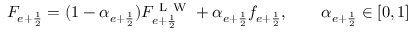
F _ { e + \frac { 1 } { 2 } } = ( 1 - \alpha _ { e + \frac { 1 } { 2 } } ) F _ { e + \frac { 1 } { 2 } } ^ { \mathrm { ~ L ~ W ~ } } + \alpha _ { e + \frac { 1 } { 2 } } f _ { e + \frac { 1 } { 2 } } , \qquad \alpha _ { e + \frac { 1 } { 2 } } \in [ 0 , 1 ]